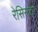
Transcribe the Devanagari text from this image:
रेसिसटर